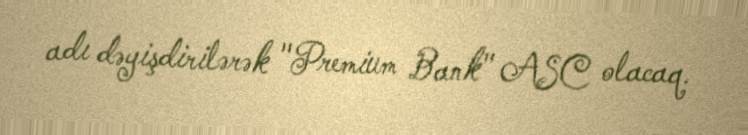
adı dəyişdirilərək "Premium Bank" ASC olacaq.